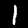
Digit: 1